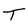
Character: T